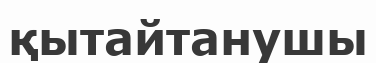
қытайтанушы